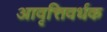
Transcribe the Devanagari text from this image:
आवृत्तिवर्धक